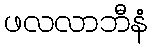
ဖလလာဘီနံ